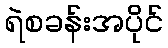
ရဲစခန်းအပိုင်